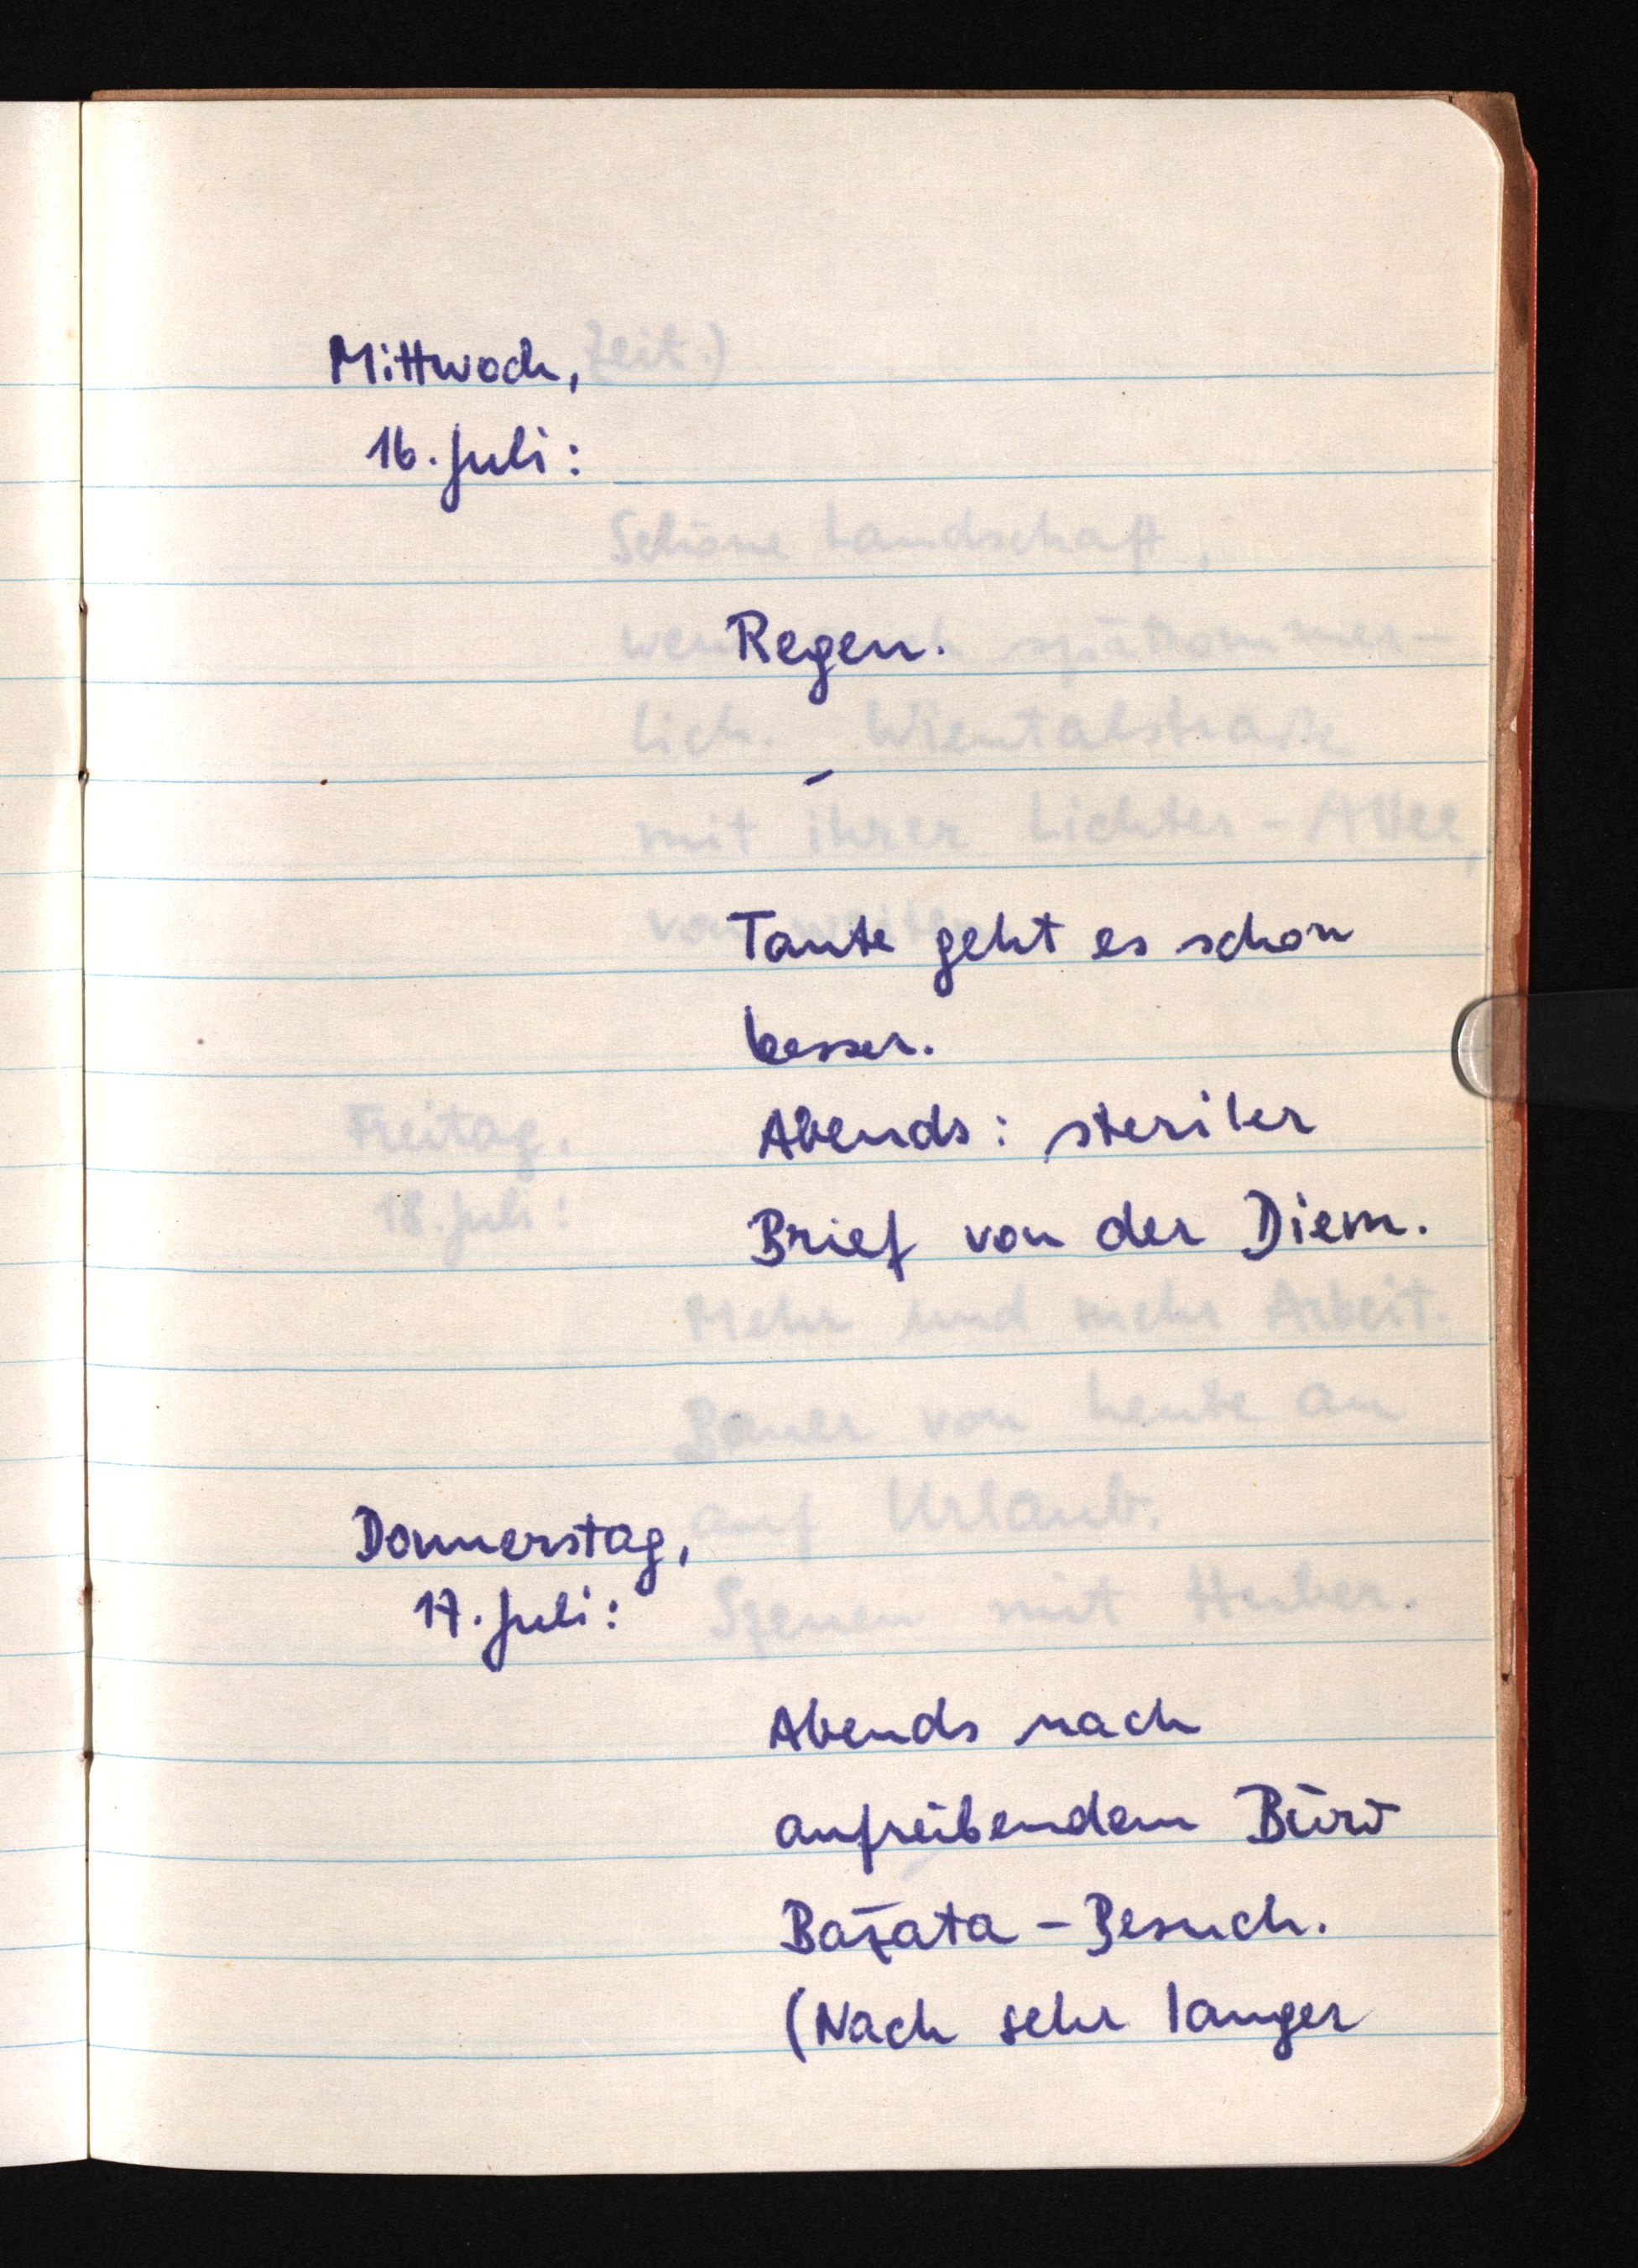
Mittwoch,
16. Juli:
Regen.
Tante geht es schon
besser.
Abends: steriler
Brief von der Diem.
Donnerstag,
17. Juli:
Abends nach
aufreibendem Büro
Bažata-Besuch.
(Nach sehr langer